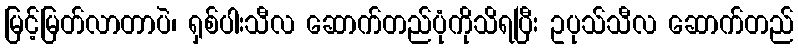
မြင့်မြတ်လာတာပဲ၊ ရှစ်ပါးသီလ ဆောက်တည်ပုံကိုသိရပြီး ဥပုသ်သီလ ဆောက်တည်